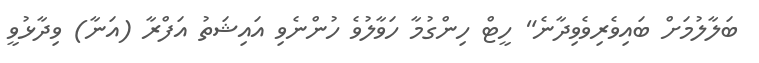
ބަލާލުމަށް ބައިވެރިވެވިދާނެ" ހީޓް ހިންގުމާ ހަވާލުވެ ހުންނެވި އައިޝަތު އަފްރާ (އަނާ) ވިދާޅުވީ